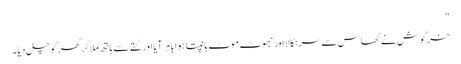
"
خرگوش نے گھاس سے سر نکالا اور جھوٹ موٹ ہانپتا ہوا باہر آیا اور کتّے سے ہاتھ ملا کر گھر کو چل دیا۔